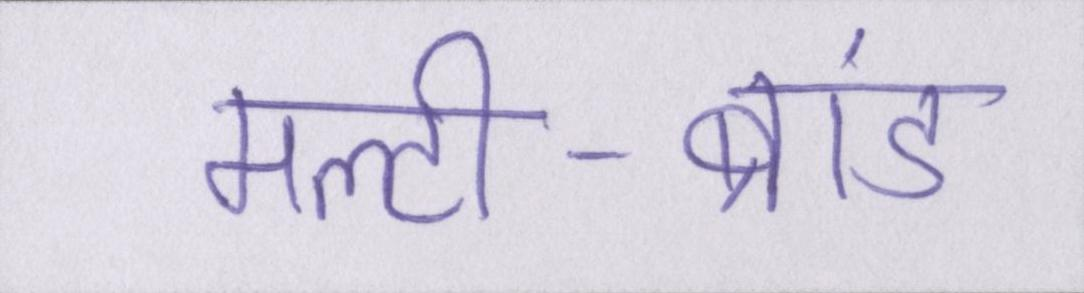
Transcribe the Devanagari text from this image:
मल्टी-ब्रांड